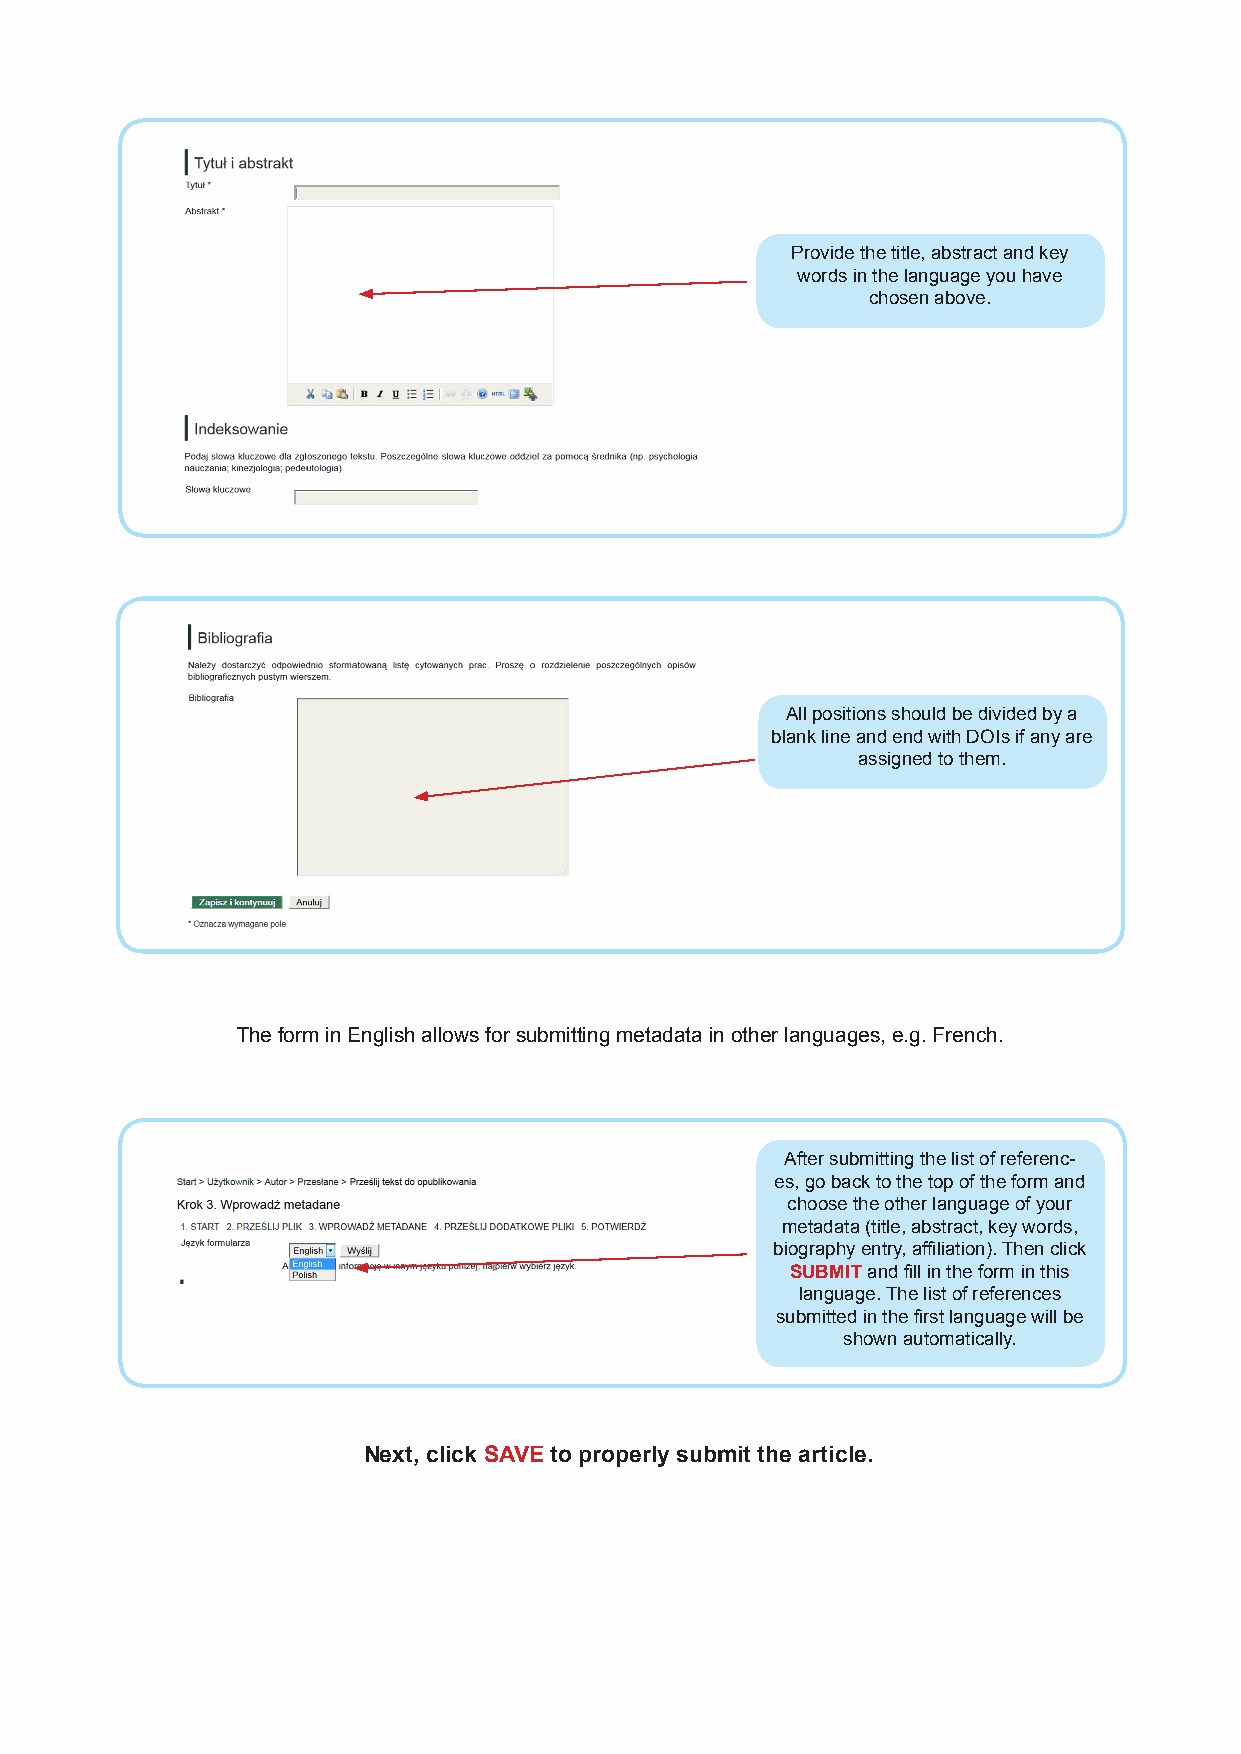
Provide the title, abstract and key
 words in the language you have
 chosen above.
 All positions should be divided by a
 blank line and end with DOIs if any are
 assigned to them.
 The form in English allows for submitting metadata in other languages, e.g. French.
 After submitting the list of referenc-
 es, go back to the top of the form and
 choose the other language of your
 metadata (title, abstract, key words,
 biography entry, affiliation). Then click
 SUBMIT and fill in the form in this
 language. The list of references
 submitted in the first language will be
 shown automatically.
 Next, click SAVE to properly submit the article.